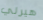
هيرلي